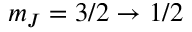
m _ { J } = 3 / 2 \rightarrow 1 / 2